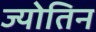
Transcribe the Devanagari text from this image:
ज्‍योतिन